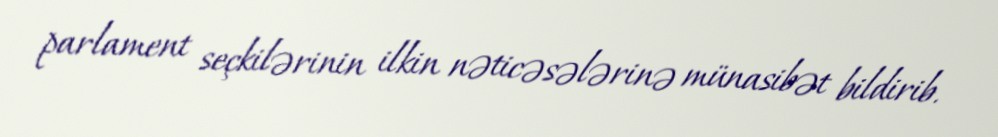
parlament seçkilərinin ilkin nəticəsələrinə münasibət bildirib.